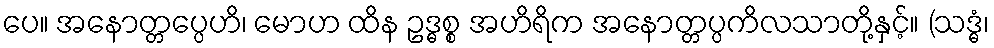
ပေ။ အနောတ္တပ္ပေဟိ၊ မောဟ ထိန ဥဒ္ဓစ္စ အဟိရိက အနောတ္တပ္ပကိလသာတို့နှင့်။ (သဒ္ဓံ၊